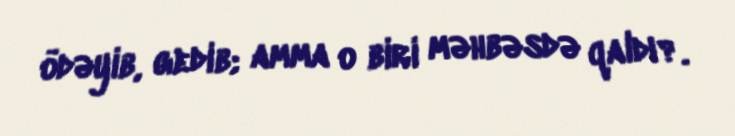
ödəyib, gedib; amma o biri məhbəsdə qaldı?.